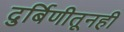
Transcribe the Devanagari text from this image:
दुर्बिणीतूनही